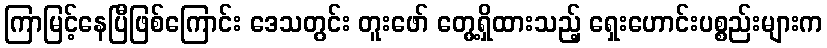
ကြာမြင့်နေပြီဖြစ်ကြောင်း ဒေသတွင်း တူးဖော် တွေ့ရှိထားသည့် ရှေးဟောင်းပစ္စည်းများက